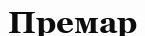
Премар